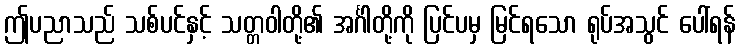
ဤပညာသည် သစ်ပင်နှင့် သတ္တဝါတို့၏ အင်္ဂါတို့ကို ပြင်ပမှ မြင်ရသော ရုပ်အသွင် ပေါ်ရန်